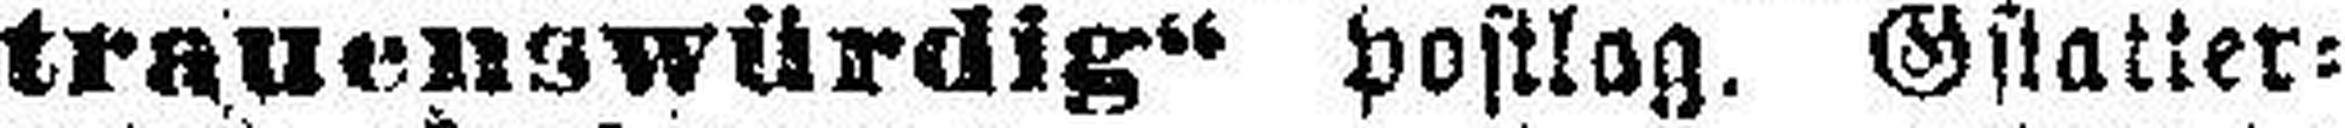
trauenswürdig“ postlag. Gstatter: